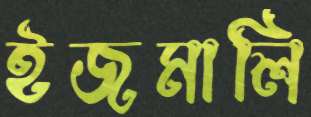
ইজমালি